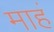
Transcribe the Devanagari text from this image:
माहं